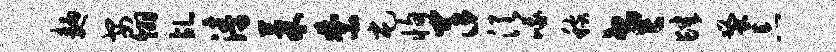
面安翎乩涛果禁屯恂羊须峨稼老肆蚤忘